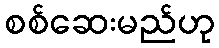
စစ်ဆေးမည်ဟု